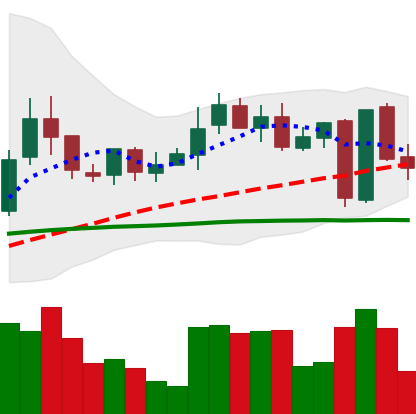
Ticker: LINK-USD
Chart end date: 2019-02-27
Forward return: -5.485%
Label: down_5_7